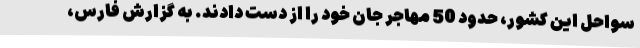
سواحل این کشور، حدود 50 مهاجر جان خود را از دست دادند. به گزارش فارس،